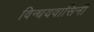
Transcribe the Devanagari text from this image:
विन्धयवासिनी